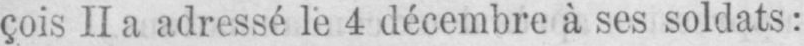
çois II a adressé le 4 décembre à ses soldats: